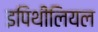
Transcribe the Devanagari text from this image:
इपिथीलियल